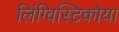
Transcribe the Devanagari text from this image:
लिंग्विस्टिकोया